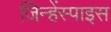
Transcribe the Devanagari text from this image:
जिन्हेंस्पाइस